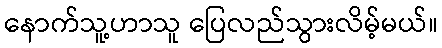
နောက်သူ့ဟာသူ ပြေလည်သွားလိမ့်မယ်။